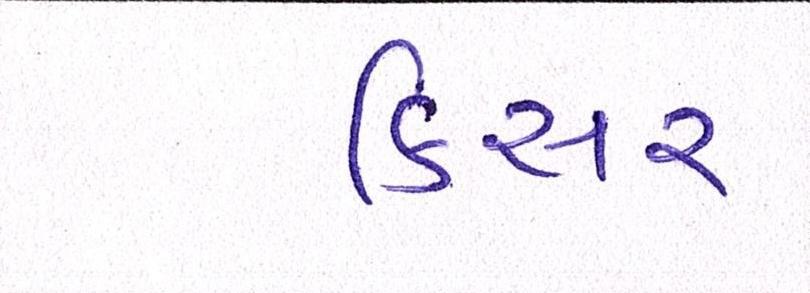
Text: કિસર